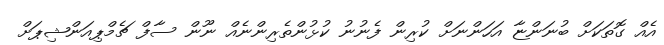
އެއް ގޮތަކަށް ބުނަންޏާ އަހަންނަށް ކުރިން ފެނުނު ކުޅުންތެރިންނެއް ނޫން ސާފް ޗެމްޕިއަންޝިޕަށް